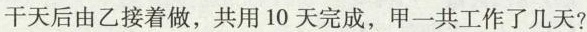
干天后由乙接着做，共用10天完成，甲一共工作了几天?